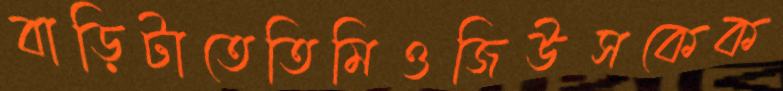
বাড়িটাতেতিমিওজিউসকেক